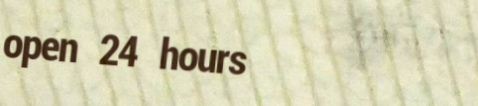
open 24 hours